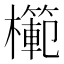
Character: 𭬣